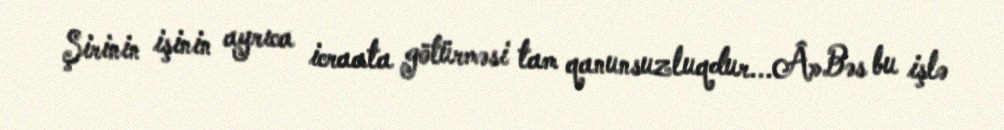
Şirinin işinin ayrıca icraata götürməsi tam qanunsuzluqdur...Â»Bəs bu işlə